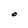
Character: O